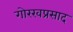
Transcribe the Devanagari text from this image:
गोरखप्रसाद